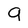
Character: 9